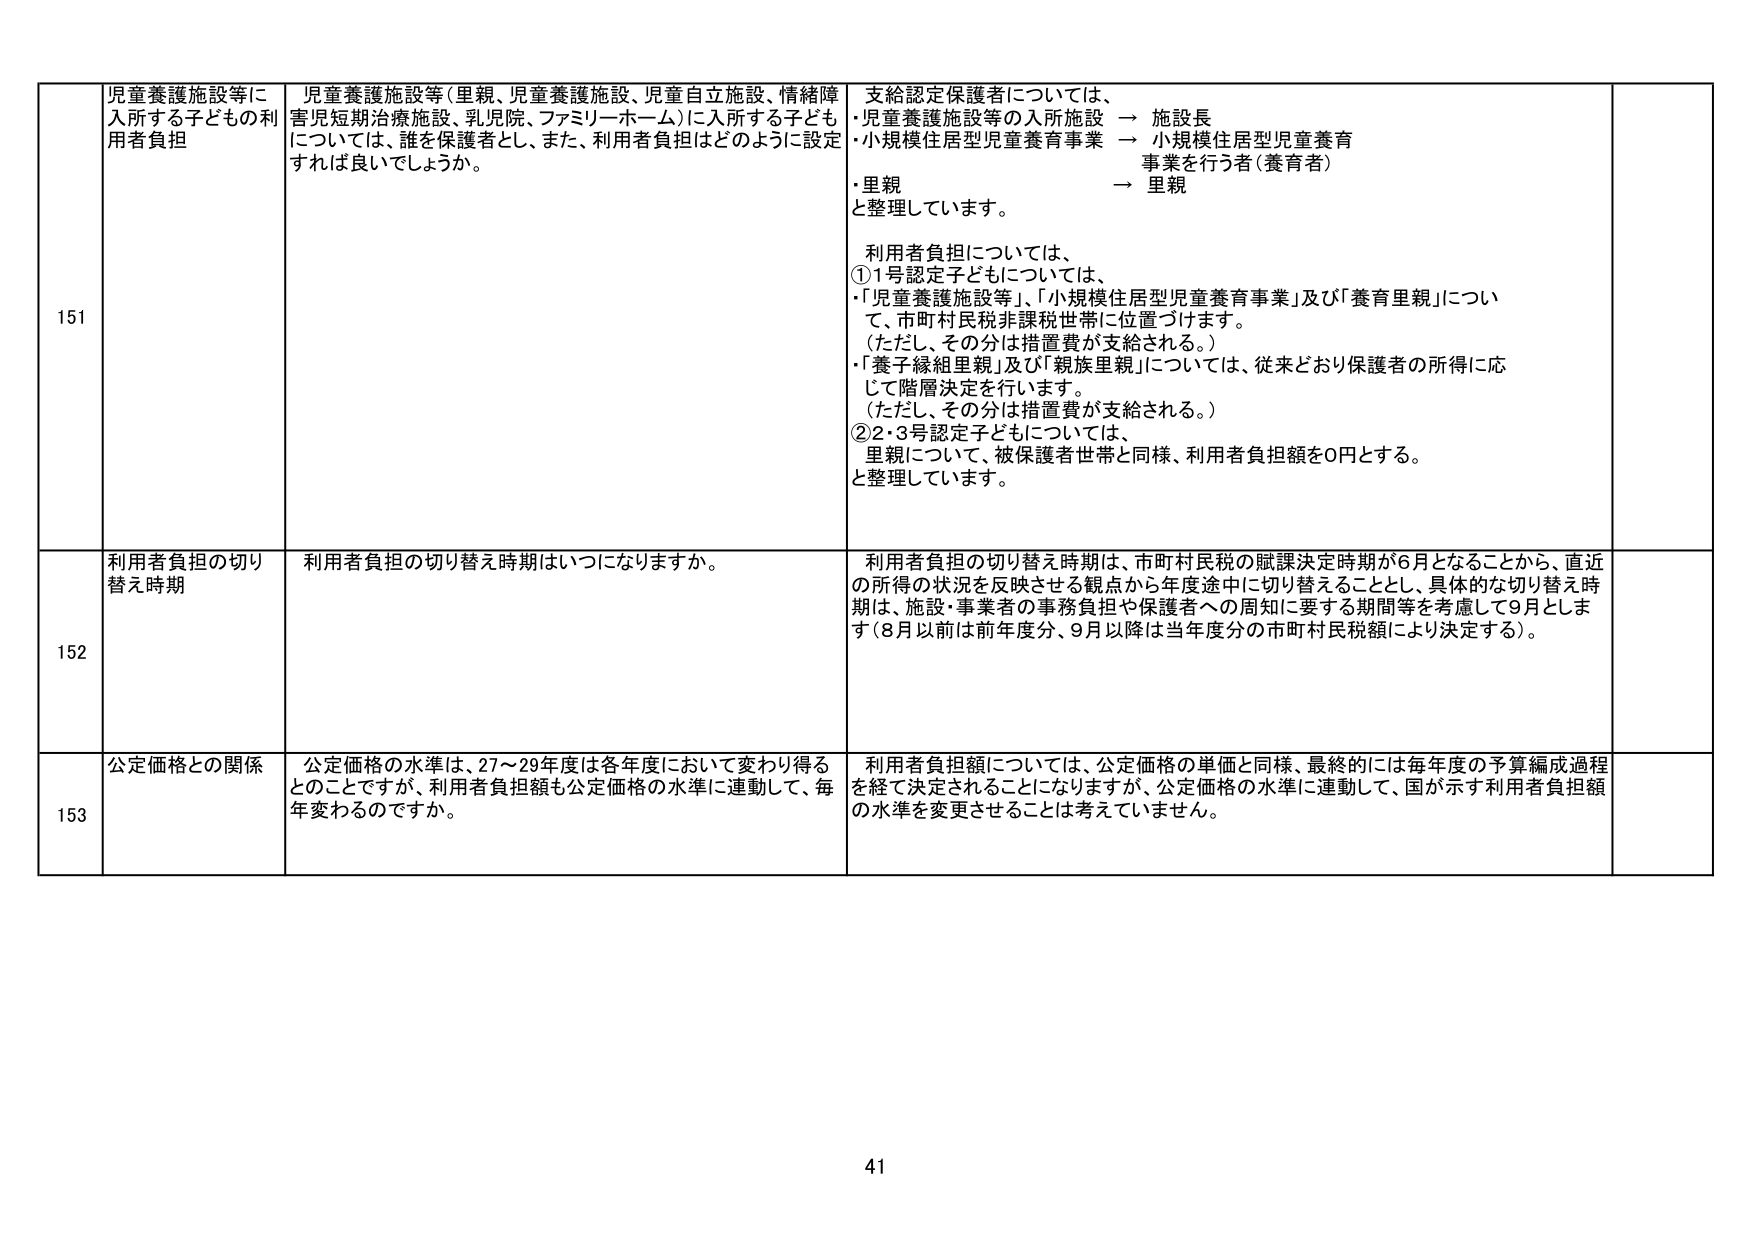
151 児童養護施設等に入所する子どもの利用者負担
児童養護施設等（里親、児童養護施設、児童自立施設、情緒障害児短期治療施設、乳児院、ファミリーホーム）に入所する子どもについては、誰を保護者とし、また、利用者負担はどのように設定すれば良いでしょうか。
支給認定保護者については、
・児童養護施設等の入所施設 → 施設長
・小規模住居型児童養育事業 → 小規模住居型児童養育事業を行う者（養育者）
・里親 → 里親
と整理しています。
利用者負担については、
①1号認定子どもについては、
・「児童養護施設等」、「小規模住居型児童養育事業」及び「養育里親」について、市町村民税非課税世帯に位置づけます。
（ただし、その分は措置費が支給される。）
・「養子縁組里親」及び「親族里親」については、従来どおり保護者の所得に応じて階層決定を行います。
（ただし、その分は措置費が支給される。）
②2・3号認定子どもについては、
里親について、被保護者世帯と同様、利用者負担額を0円とする。
と整理しています。

152 利用者負担の切り替え時期
利用者負担の切り替え時期はいつになりますか。
利用者負担の切り替え時期は、市町村民税の賦課決定時期が6月となることから、直近の所得の状況を反映させる観点から年度途中に切り替えることとし、具体的な切り替え時期は、施設・事業者の事務負担や保護者への周知に要する期間等を考慮して9月とします（8月以前は前年度分、9月以降は当年度分の市町村民税額により決定する）。

153 公定価格との関係
公定価格の水準は、27～29年度は各年度において変わり得るとのことですが、利用者負担額も公定価格の水準に連動して、毎年変わるのですか。
利用者負担額については、公定価格の単価と同様、最終的には毎年度の予算編成過程を経て決定されることになりますが、公定価格の水準に連動して、国が示す利用者負担額の水準を変更させることは考えておりません。

41